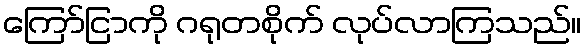
ကြော်ငြာကို ဂရုတစိုက် လုပ်လာကြသည်။